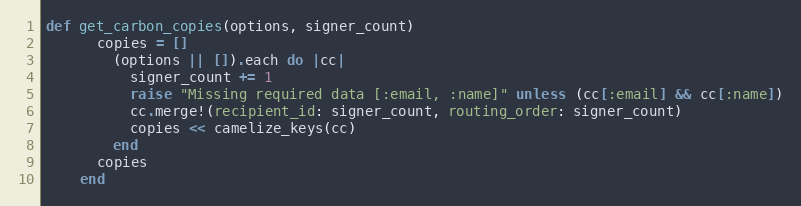
Language: Ruby
def get_carbon_copies(options, signer_count)
      copies = []
        (options || []).each do |cc|
          signer_count += 1
          raise "Missing required data [:email, :name]" unless (cc[:email] && cc[:name])
          cc.merge!(recipient_id: signer_count, routing_order: signer_count)
          copies << camelize_keys(cc)
        end
      copies
    end